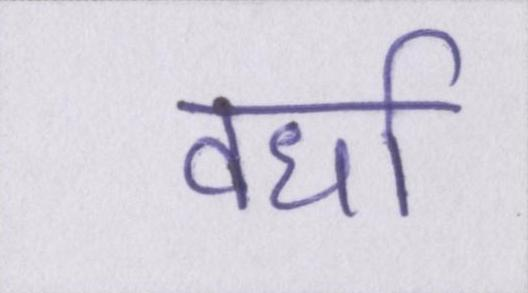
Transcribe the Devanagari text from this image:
वर्धा